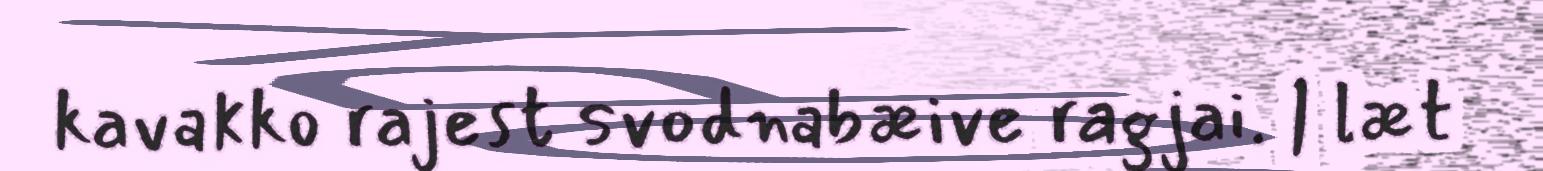
kavakko rajest svodnabæive ragjai. | læt